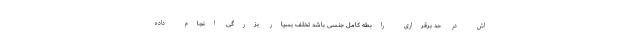
اش در حد برقراری رابطه کامل جنسی باشد تخلف بسیار بزرگی انجام داده